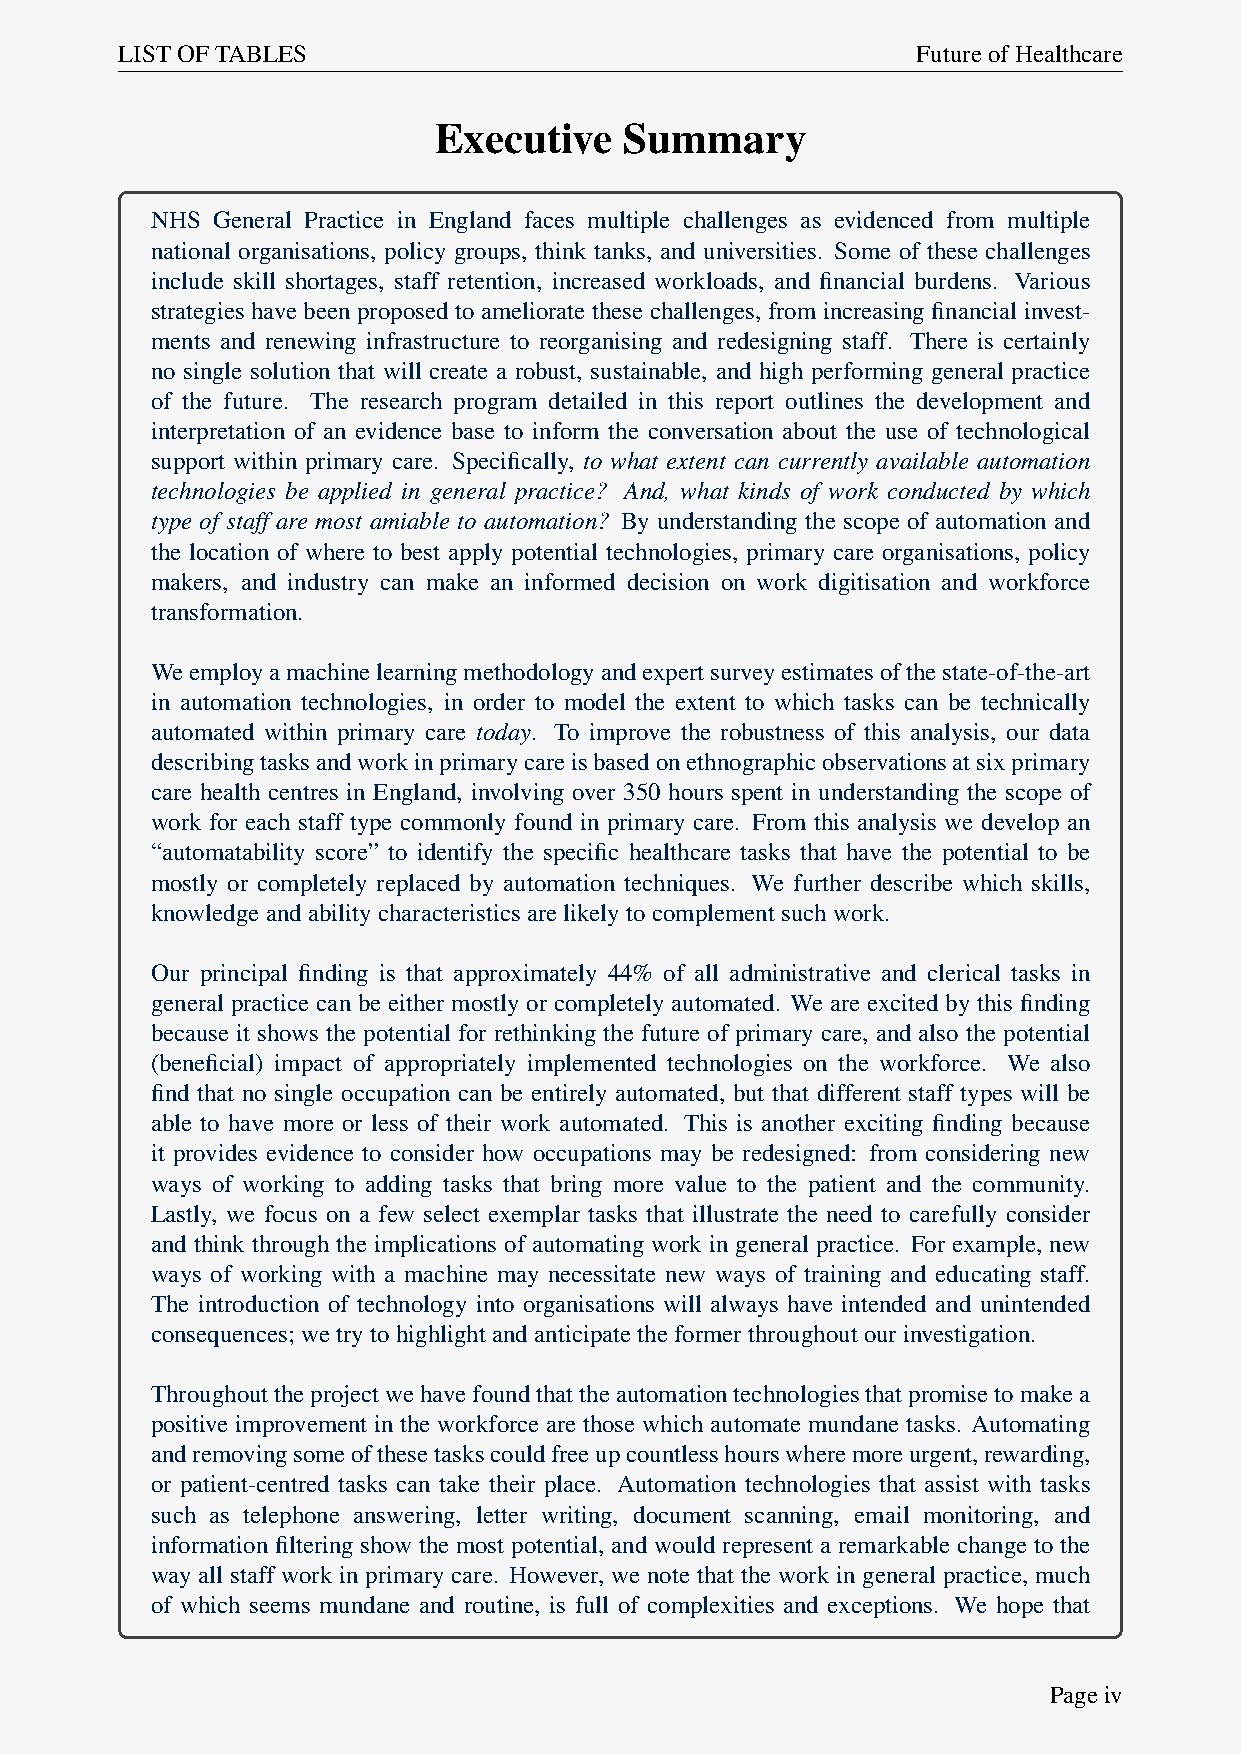
LISTOFTABLES                                         FutureofHealthcare
 Executive   Summary
 NHS General Practice in England faces multiple challenges as evidenced from multiple
 national organisations, policy groups, think tanks, and universities. Some of these challenges
 include skill shortages, staff retention, increased workloads, and financial burdens. Various
 strategies have been proposed to ameliorate these challenges, from increasing financial invest-
 ments and renewing infrastructure to reorganising and redesigning staff. There is certainly
 no single solution that will create a robust, sustainable, and high performing general practice
 of the future. The research program detailed in this report outlines the development and
 interpretation of an evidence base to inform the conversation about the use of technological
 support within primary care. Specifically, to what extent can currently available automation
 technologies be applied in general practice? And, what kinds of work conducted by which
 type of staff are most amiable to automation? By understanding the scope of automation and
 the location of where to best apply potential technologies, primary care organisations, policy
 makers, and industry can make an informed decision on work digitisation and workforce
 transformation.
 Weemployamachinelearningmethodologyandexpertsurveyestimatesofthestate-of-the-art
 in automation technologies, in order to model the extent to which tasks can be technically
 automated within primary care today. To improve the robustness of this analysis, our data
 describingtasksandworkinprimarycareisbasedonethnographicobservationsatsixprimary
 care health centres in England, involving over 350 hours spent in understanding the scope of
 work for each staff type commonly found in primary care. From this analysis we develop an
 “automatability score” to identify the specific healthcare tasks that have the potential to be
 mostly or completely replaced by automation techniques. We further describe which skills,
 knowledgeandabilitycharacteristicsarelikelytocomplementsuchwork.
 Our principal finding is that approximately 44% of all administrative and clerical tasks in
 general practice can be either mostly or completely automated. We are excited by this finding
 because it shows the potential for rethinking the future of primary care, and also the potential
 (beneficial) impact of appropriately implemented technologies on the workforce. We also
 find that no single occupation can be entirely automated, but that different staff types will be
 able to have more or less of their work automated. This is another exciting finding because
 it provides evidence to consider how occupations may be redesigned: from considering new
 ways of working to adding tasks that bring more value to the patient and the community.
 Lastly, we focus on a few select exemplar tasks that illustrate the need to carefully consider
 and think through the implications of automating work in general practice. For example, new
 ways of working with a machine may necessitate new ways of training and educating staff.
 The introduction of technology into organisations will always have intended and unintended
 consequences;wetrytohighlightandanticipatetheformerthroughoutourinvestigation.
 Throughouttheprojectwehavefoundthattheautomationtechnologiesthatpromisetomakea
 positive improvement in the workforce are those which automate mundane tasks. Automating
 andremovingsomeofthesetaskscouldfreeupcountlesshourswheremoreurgent,rewarding,
 or patient-centred tasks can take their place. Automation technologies that assist with tasks
 such as telephone answering, letter writing, document scanning, email monitoring, and
 information filtering show the most potential, and would represent a remarkable change to the
 way all staff work in primary care. However, we note that the work in general practice, much
 of which seems mundane and routine, is full of complexities and exceptions. We hope that
 Pageiv